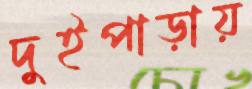
দুইপাড়ায়